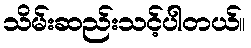
သိမ်းဆည်းသင့်ပါတယ်။